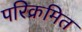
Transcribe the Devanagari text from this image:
परिक्रमित